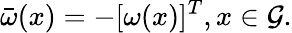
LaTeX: \bar{\omega}(x)=-[\omega(x)]^{T},x\in{\cal G}.